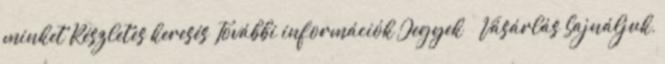
minket Részletes keresés További információk Jegyek Vásárlás Sajnáljuk,